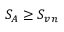
S _ { A } \geq S _ { v n }